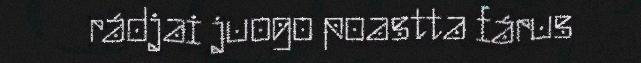
rádjai juogo poastta fárus